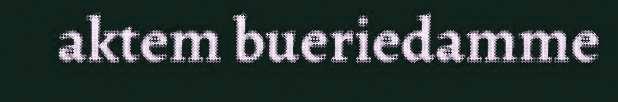
aktem bueriedamme